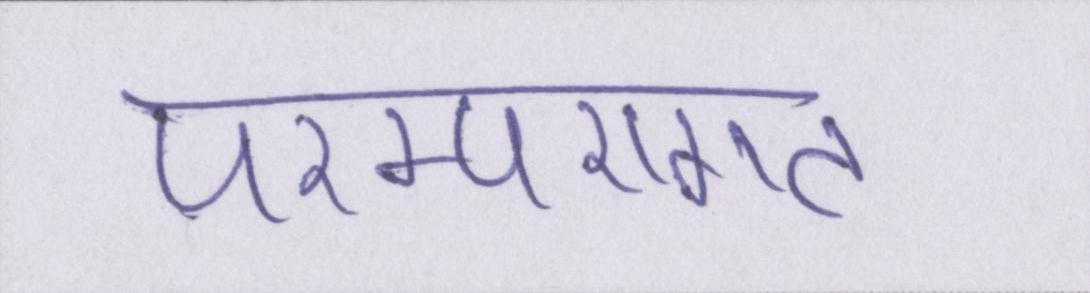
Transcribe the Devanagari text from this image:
परम्परागत